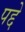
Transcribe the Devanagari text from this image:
पद्दे